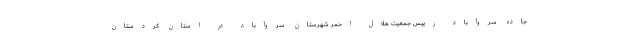
جاده سروآباد رییس جمعیت هلال احمر شهرستان سروآباد در استان کردستان